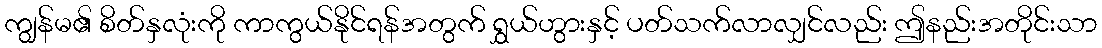
ကျွန်မ၏ စိတ်နှလုံးကို ကာကွယ်နိုင်ရန်အတွက် ရွှယ်ဟွားနှင့် ပတ်သက်လာလျှင်လည်း ဤနည်းအတိုင်းသာ